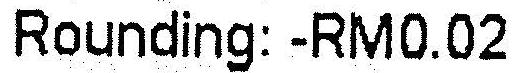
ROUNDING: -RM0.02